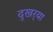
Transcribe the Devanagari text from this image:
दुखर्‍या